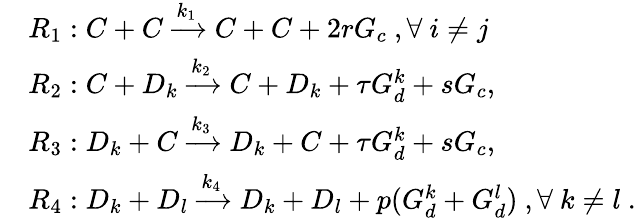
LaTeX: \begin{array}{rl}&{R_{1}:C+C\xrightarrow{k_{1}}C+C+2rG_{c}~,\forall~i\ne j~}\\ &{R_{2}:C+D_{k}\xrightarrow{k_{2}}C+D_{k}+\tau G_{d}^{k}+sG_{c},}\\ &{R_{3}:D_{k}+C\xrightarrow{k_{3}}D_{k}+C+\tau G_{d}^{k}+sG_{c},}\\ &{R_{4}:D_{k}+D_{l}\xrightarrow{k_{4}}D_{k}+D_{l}+p(G_{d}^{k}+G_{d}^{l})~,\forall~k\ne l~.}\end{array}